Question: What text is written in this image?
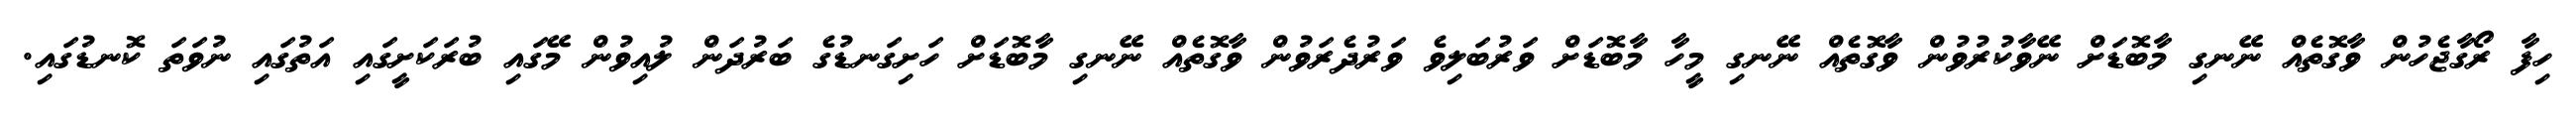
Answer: ހިފާ ރޯގާޖެހުން ވާގޮތެއް ނޭނގި މާބޮޑަށް ނޭވާކުރުވުން ވާގޮތެއް ނޭނގި މީހާ މާބޮޑަށް ވަރުބަލިވެ ވަރުދެރަވުން ވާގޮތެއް ނޭނގި މާބޮޑަށް ހަށިގަނޑުގެ ބަރުދަން ލުއިވުން މޭގައި ބުރަކަށީގައި އަތުގައި ނުވަތަ ކޮނޑުގައި.